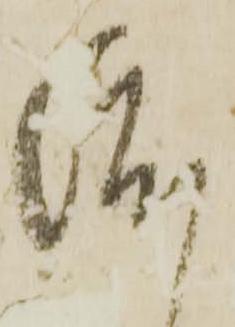
渡